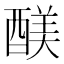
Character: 𮠻